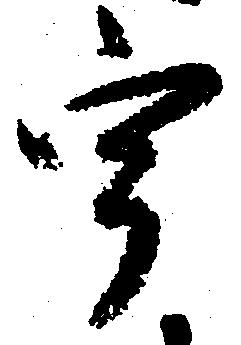
宇